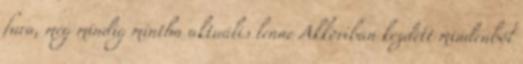
fura, még mindig mintha aktuális lenne Akkoriban kezdett mindenből